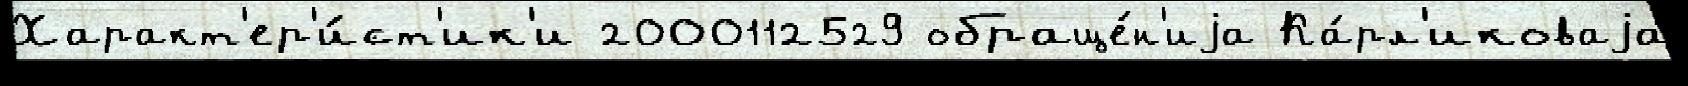
Характ'ер'и́ст'ик'и 2000112529 обраще́н'иjа Ка́рл'иковаjа